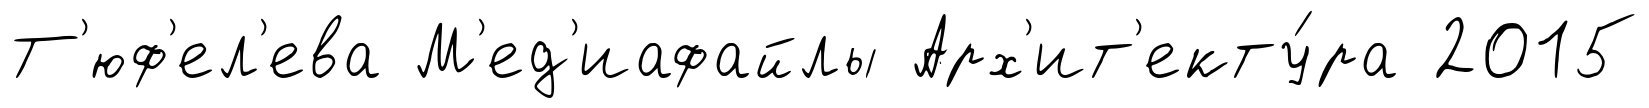
Т'юф'ел'ева М'ед'иафайлы Арх'ит'екту́ра 2015